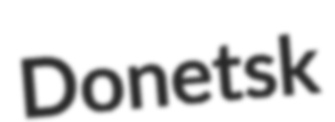
Donetsk